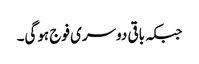
جبکہ باقی دوسری فوج ہوگی۔